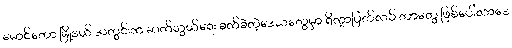
မောင်တော မြို့နယ် အတွင်းက ဆက်သွယ်ရေး ခက်ခဲတဲ့ဒေသတွေမှာ ရိက္ခာပြတ်လပ် တာတွေ ဖြစ်ပေါ်လာနေ